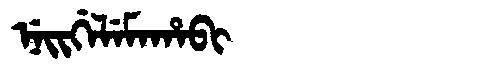
Manchu: ᠨᡝᡳᡤᡝᠯᡝᠮᠠᡥᠠᠪᡳ
Romanization: NEIGELEMAHABI